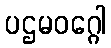
ပဌမဝဂ္ဂေါ